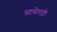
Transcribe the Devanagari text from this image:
मासेराटी